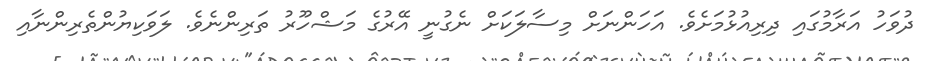
ދުވަހު އަރާމުގައި ދިރިއުޅުމަށެވެ. އަހަންނަށް މިސާލަކަށް ނެގުނީ އޭރުގެ މަޝްހޫރު ތަރިންނެވެ. ލަވަކިޔުންތެރިންނާއި